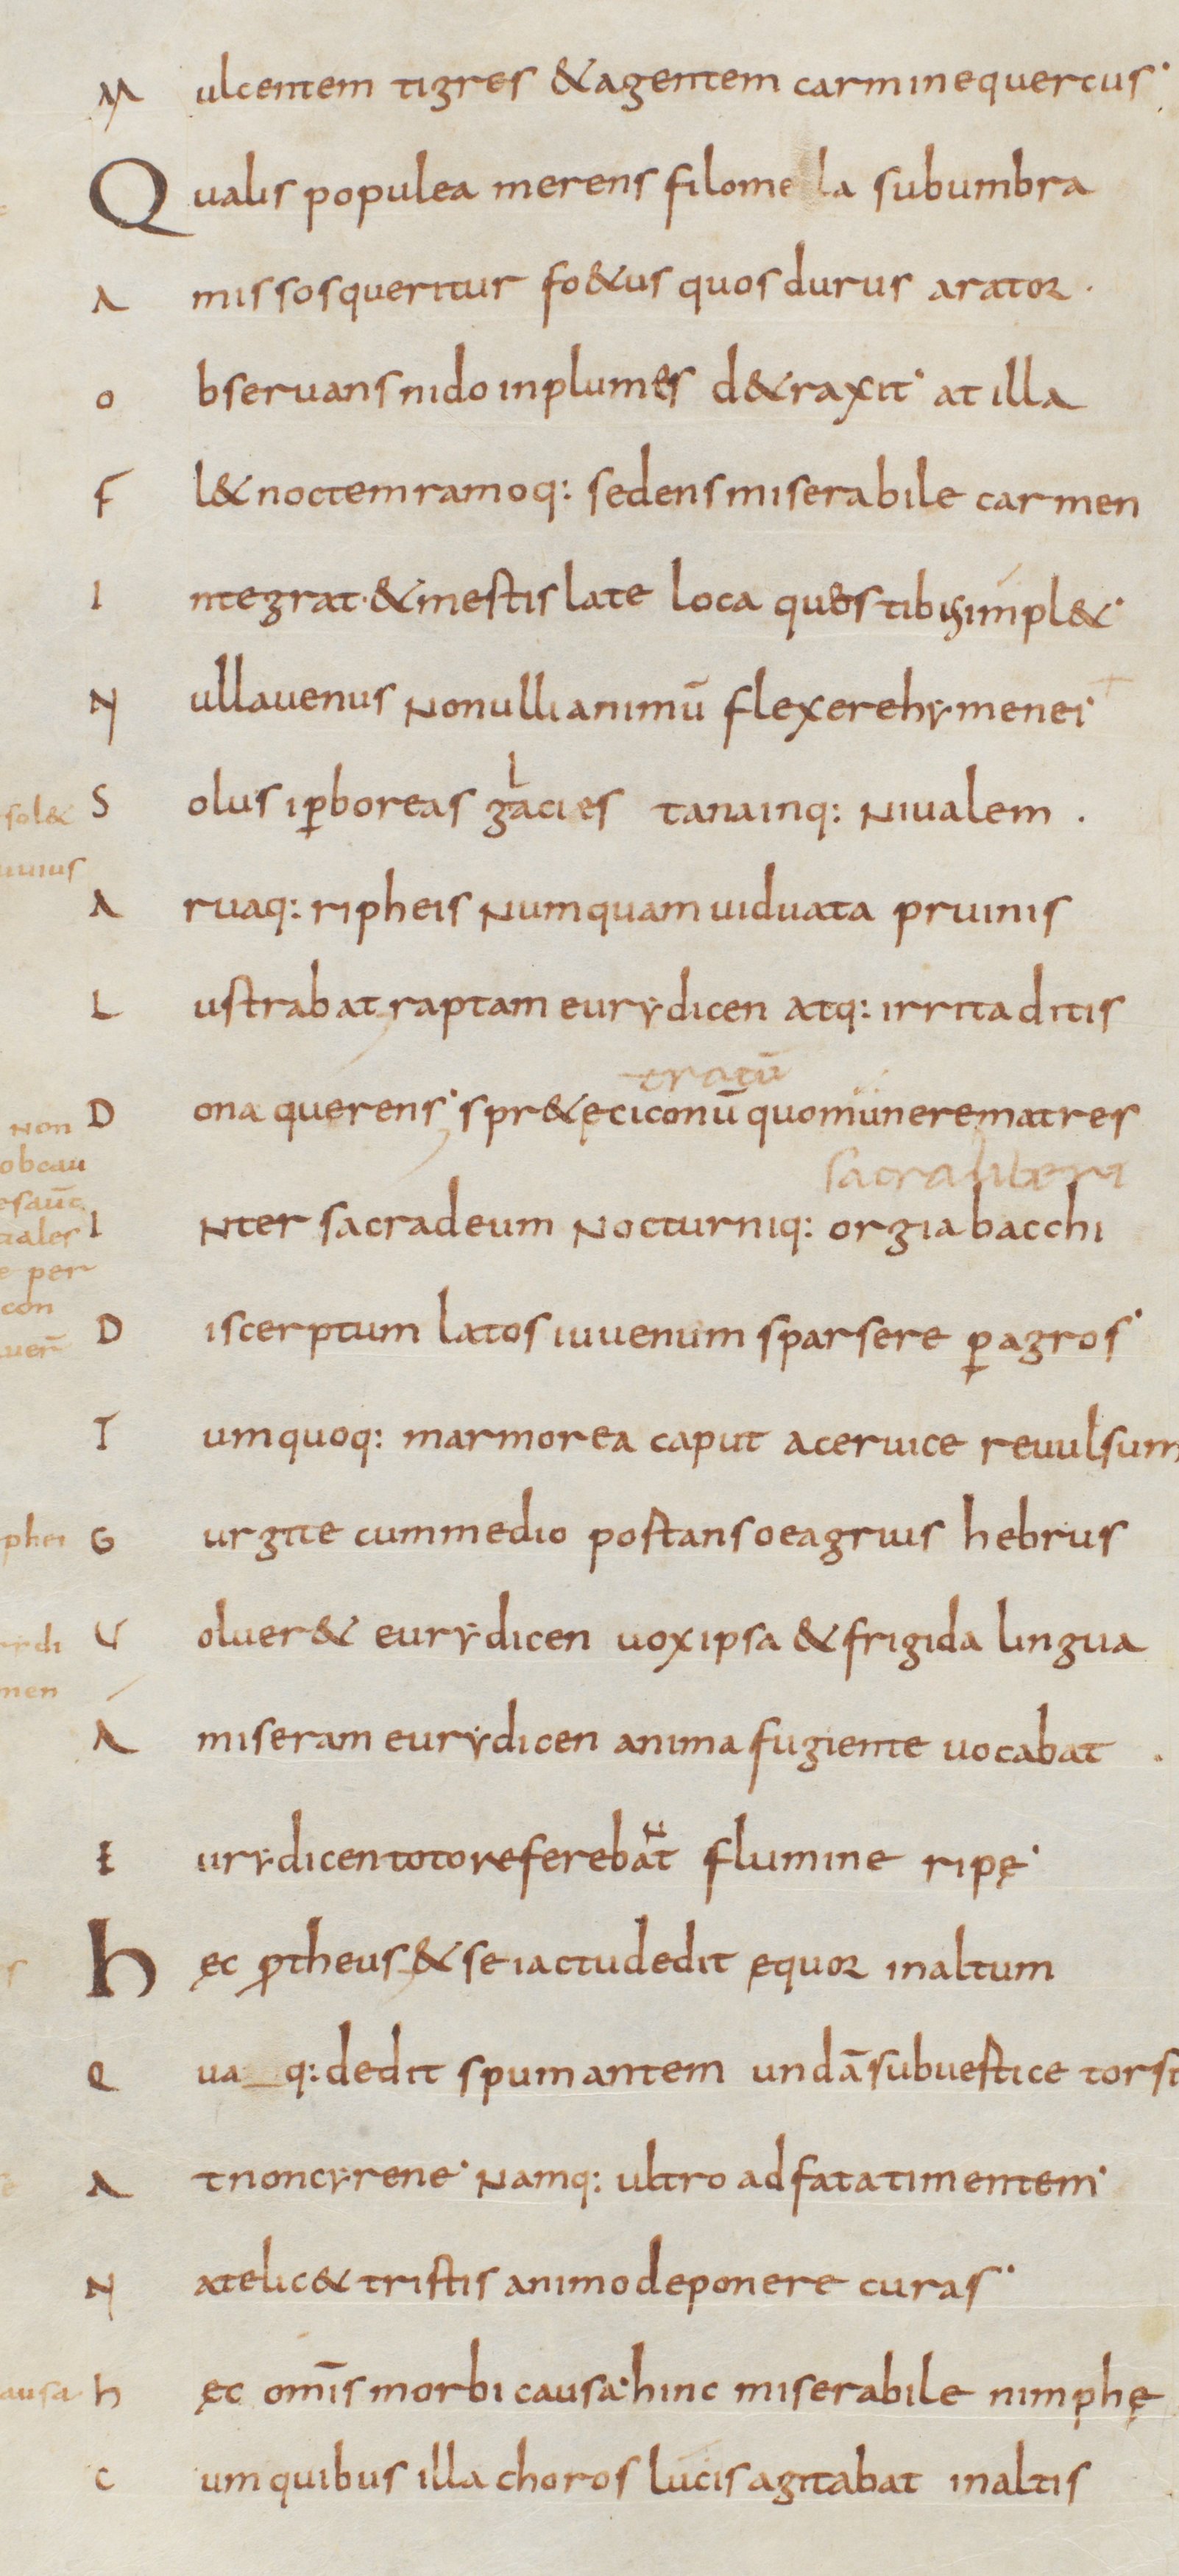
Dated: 800–999